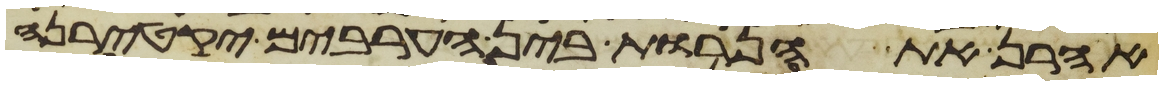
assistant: אהרן את הנרות בין הערבים יקטירנה